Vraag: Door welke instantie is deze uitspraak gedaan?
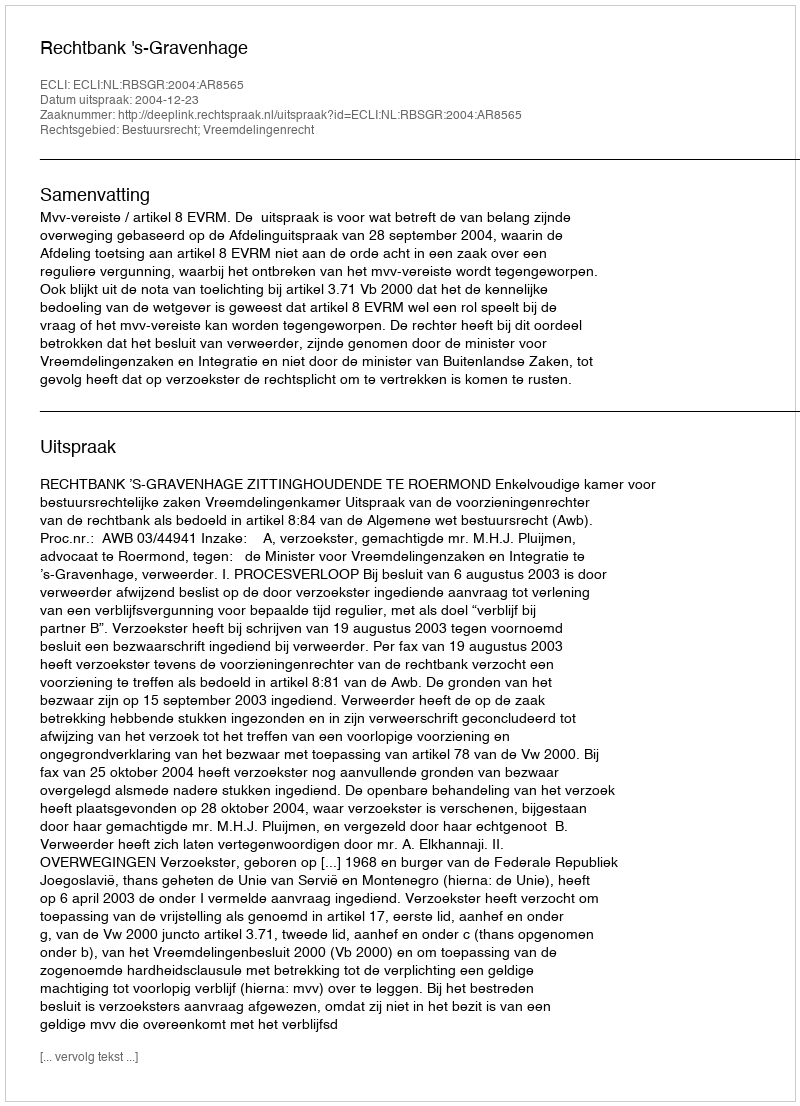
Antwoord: Rechtbank 's-Gravenhage